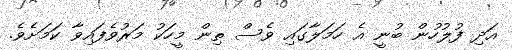
އަދި ފުލުހުން ބުނީ އެ ހަމަލާގައި ވެސް ތިން މީހަކު މަރުވެފައިވާ ކަމަށެވެ.